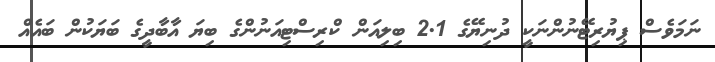
ނަމަވެސް ޕިޔުރިޓޭނުންނަކީ ދުނިޔޭގެ 2.1 ބިލިއަން ކްރިސްޓިއަނުންގެ ބިޔަ އާބާދީގެ ބަޔަކުން ބައެއް